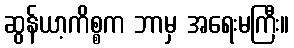
ဆွန်ယာ့ကိစ္စက ဘာမှ အရေးမကြီး။